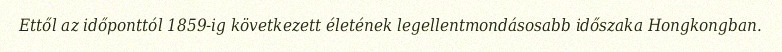
Ettől az időponttól 1859-ig következett életének legellentmondásosabb időszaka Hongkongban.